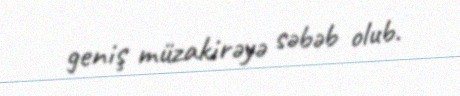
geniş müzakirəyə səbəb olub.